Annual report of lunatic asylums [Bombay] - 1912-1922
Year: 1912
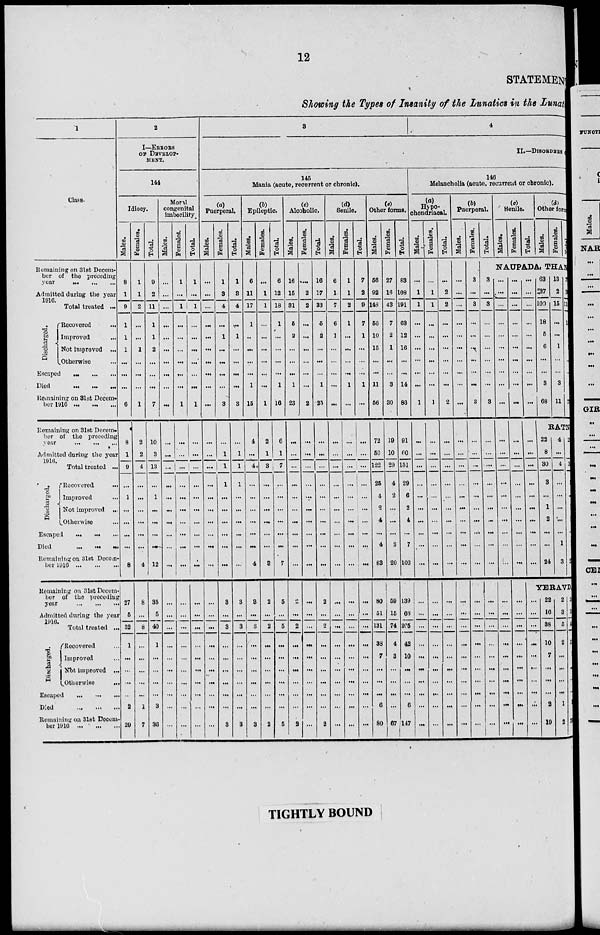
12
STATEMENT
Showing the Types of Insanity of the Lunatics in the Lunatic.
1
Class.
Remaining on 31st Decem-
ber of the preceding
year
...
...
...
Admitted during the year
1916.
Total treated ...
Discharged.
Recovered ...
Improved ...
Not improved ...
Otherwise ...
Escaped ... ... ...
Died
...
...
...
Remaining on 31st Decem-
ber 1916 ... ... ...
Remaining on 31st Decem-
ber of the preceding
year ... ... ...
Admitted during the year
1916.
Total treated ...
Discharged.
Recovered
...
Improved ...
Not improved ...
Otherwise ...
Escaped
...
...
...
Died
...
...
...
Remaining on 31st Decem-
ber 1916 ... ... ...
Remaining on 31st Decem-
ber of the preceding
year
...
...
...
Admitted during the year
1916.
Total treated ...
Discharged.
Recovered ...
Improved ...
Not improved ...
Otherwise
...
Escaped
...
...
...
Died
...
...
...
Remaining on 31st Decem-
ber 1916 ... ... ...
2
I—ERRORS
OF DEVELOP-
MENT.
144
Idiocy.
Males.
8
1
9
1
1
1
...
...
...
6
8
1
9
...
1
...
...
...
...
8
27
5
32
1
...
...
...
...
2
29
Females.
1
1
2
...
...
1
...
...
...
1
2
2
4
...
...
...
...
...
...
4
8
...
8
...
...
...
...
...
1
7
Total.
9
2
11
1
1
2
...
...
...
7
10
3
13
...
1
...
...
...
...
12
35
5
40
1
...
...
...
...
3
36
Moral
congenital
imbecility
Males.
...
...
...
...
...
...
...
...
...
...
...
...
...
...
...
...
...
...
...
...
...
...
...
...
...
...
...
...
...
...
Females.
1
...
1
...
...
...
...
...
...
1
...
...
...
...
...
...
...
...
...
...
...
...
...
...
...
...
...
...
...
...
Total.
1
...
1
...
...
...
...
...
...
1
...
...
...
...
...
...
...
...
...
...
...
...
...
...
...
...
...
...
...
...
3
4
II.—DISORDERS
145
Mania (acute, recurrent or chronic).
(a)
Puerperal.
Males.
...
...
...
...
...
...
...
...
...
...
...
...
...
...
...
...
...
...
...
...
...
...
...
...
...
...
...
...
...
...
Females.
1
3
4
...
1
...
...
...
...
3
...
1
1
1
...
...
...
...
...
...
3
...
3
...
...
...
...
...
...
3
Total.
1
3
4
...
1
...
...
...
...
3
...
1
1
1
...
...
...
...
...
...
3
...
3
...
...
...
...
...
...
3
(b)
Epileptic.
Males.
6
11
17
1
...
...
...
...
1
15
4
...
4
...
...
...
...
...
...
4
3
...
3
...
...
...
...
...
...
3
Females.
...
1
1
...
...
...
...
...
...
1
2
1
3
...
...
...
...
...
...
3
2
...
2
...
...
...
...
...
...
2
Total.
6
12
18
1
...
...
...
...
1
16
6
1
7
...
...
...
...
...
...
7
5
...
5
...
...
...
...
...
...
5
(c)
Alcoholic.
Males.
16
15
31
5
2
...
...
...
1
23
...
...
...
...
...
...
...
...
...
...
2
...
2
...
...
...
...
...
...
2
Females.
...
2
2
...
...
...
...
...
...
2
...
...
...
...
...
...
...
...
...
...
...
...
...
...
...
...
...
...
...
...
Total.
16
17
33
5
2
...
...
...
1
25
...
...
...
...
...
...
...
...
...
...
2
...
2
...
...
...
...
...
...
2
(d)
Senile.
Males.
6
1
7
6
1
...
...
...
...
...
...
...
...
...
...
...
...
...
...
...
...
...
...
...
...
...
...
...
...
...
Females.
1
1
2
1
...
...
...
...
1
...
...
...
...
...
...
...
...
...
...
...
...
...
...
...
...
...
...
...
...
...
Total.
7
2
9
7
1
...
...
...
1
...
...
...
...
...
...
...
...
...
...
...
...
...
...
...
...
...
...
...
...
...
(e)
Other forms.
Males.
56
92
148
56
10
15
...
...
11
56
72
50
122
26
4
2
4
...
4
83
80
51
131
38
7
...
...
...
6
80
Females.
27
16
43
7
2
1
...
...
3
30
19
10
29
4
2
...
...
...
3
20
59
15
74
4
3
...
...
...
...
67
Total.
83
108
191
63
12
16
...
...
14
86
91
60
151
29
6
2
4
...
7
103
139
66
205
42
10
...
...
...
6
147
146
Melancholia (acute, recurrent or chronic).
(a)
Hypo-
chondriacal
Males.
...
1
1
...
...
...
...
...
...
1
...
...
...
...
...
...
...
...
...
...
...
...
...
...
...
...
...
...
...
...
Females.
...
1
1
...
...
...
...
...
...
1
...
...
...
...
...
...
...
...
...
...
...
...
...
...
...
...
...
...
...
...
Total.
...
2
2
...
...
...
...
...
...
2
...
...
...
...
...
...
...
...
...
...
...
...
...
...
...
...
...
...
...
...
(b)
Puerperal.
Males.
...
...
...
...
...
...
...
...
...
...
...
...
...
...
...
...
...
...
...
...
...
...
...
...
...
...
...
...
...
...
Females.
3
...
3
...
...
...
...
...
...
3
...
...
...
...
...
...
...
...
...
...
...
...
...
...
...
...
...
...
...
...
Total.
(c)
Senile.
Males.
Females.
Total.
(d)
Other forms.
Males.
Females.
Total.
NAUPADA, THANA
3
...
3
...
...
...
...
...
...
3
...
...
...
...
...
...
...
...
...
...
...
...
...
...
...
...
...
...
...
...
...
...
...
...
...
...
...
...
...
...
...
...
...
...
...
...
...
...
...
...
...
...
...
...
...
...
...
...
...
...
...
...
...
...
...
...
...
...
...
...
...
...
...
...
...
...
...
...
...
...
...
...
...
...
...
...
...
...
...
...
...
...
...
...
...
...
...
...
...
...
...
...
...
...
...
...
...
...
...
...
63
37
100
18
5
6
...
...
3
68
13
2
15
...
...
1
...
...
3
11
76
39
115
18
5
7
...
...
6
79
RATN
22
8
30
3
...
1
2
...
...
24
4
...
4
...
...
...
...
...
1
3
26
8
34
3
...
1
2
...
1
27
YERAVDA
...
...
...
...
...
...
...
...
...
...
22
16
38
10
7
...
...
...
2
19
2
3
5
2
...
...
...
...
1
2
24
19
43
12
7
...
...
...
3
21
TIGHTLY BOUND